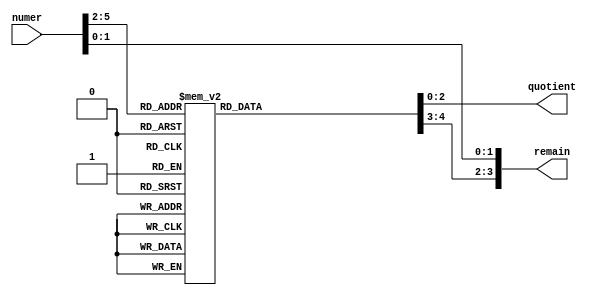
module divide_by12(numer, quotient, remain);
  input [5:0] numer;
  output [2:0] quotient;
  output [3:0] remain;
  reg [2:0] quotient;
  reg [3:0] remain_bit3_bit2;
  assign remain = {remain_bit3_bit2, numer[1:0]}; 
  always @(numer[5:2]) 
    case(numer[5:2])
      0: begin quotient=0; remain_bit3_bit2=0; end
      1: begin quotient=0; remain_bit3_bit2=1; end
      2: begin quotient=0; remain_bit3_bit2=2; end
      3: begin quotient=1; remain_bit3_bit2=0; end
      4: begin quotient=1; remain_bit3_bit2=1; end
      5: begin quotient=1; remain_bit3_bit2=2; end
      6: begin quotient=2; remain_bit3_bit2=0; end
      7: begin quotient=2; remain_bit3_bit2=1; end
      8: begin quotient=2; remain_bit3_bit2=2; end
      9: begin quotient=3; remain_bit3_bit2=0; end
      10: begin quotient=3; remain_bit3_bit2=1; end
      11: begin quotient=3; remain_bit3_bit2=2; end
      12: begin quotient=4; remain_bit3_bit2=0; end
      13: begin quotient=4; remain_bit3_bit2=1; end
      14: begin quotient=4; remain_bit3_bit2=2; end
      15: begin quotient=5; remain_bit3_bit2=0; end
    endcase
endmodule